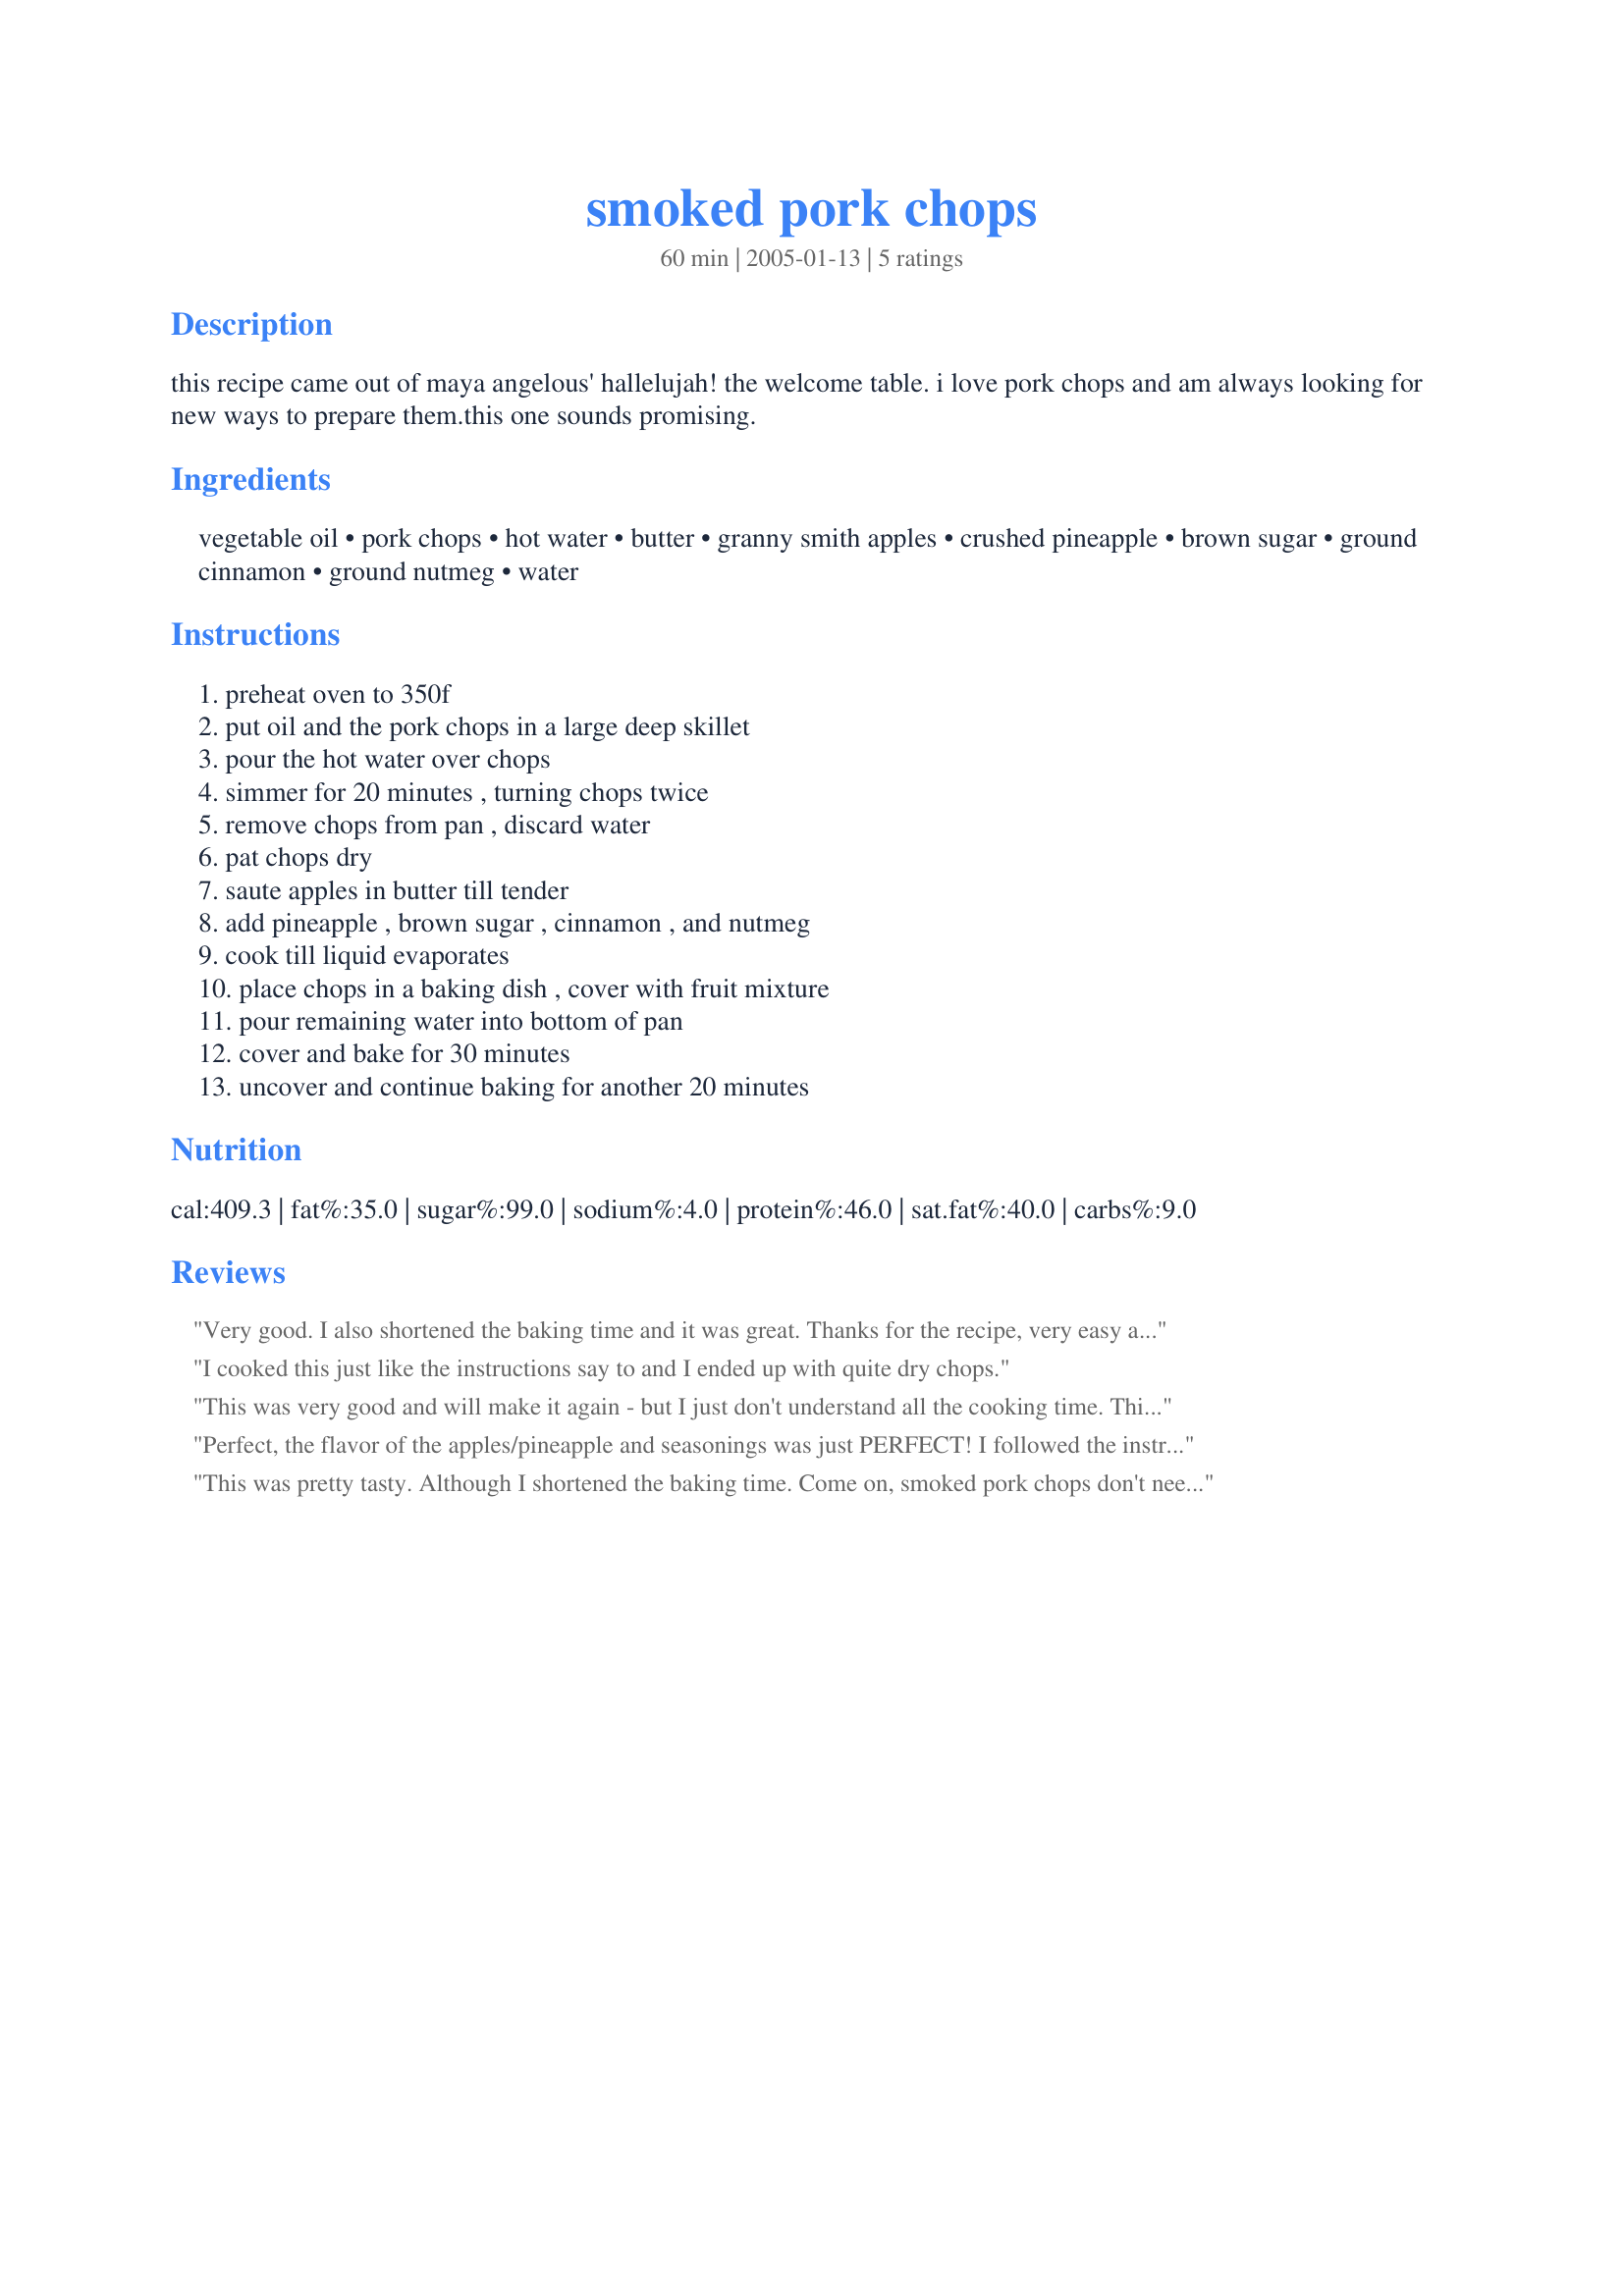
smoked pork chops
Preparation time: 60 minutes

this recipe came out of maya angelous' hallelujah! the welcome table. i love pork chops and am always looking for new ways to prepare them.this one sounds promising.

Ingredients:
vegetable oil, pork chops, hot water, butter, granny smith apples, crushed pineapple, brown sugar, ground cinnamon, ground nutmeg, water

Steps:
preheat oven to 350f, put oil and the pork chops in a large deep skillet, pour the hot water over chops, simmer for 20 minutes , turning chops twice, remove chops from pan , discard water, pat chops dry, saute apples in butter till tender, add pineapple , brown sugar , cinnamon , and nutmeg, cook till liquid evaporates, place chops in a baking dish , cover with fruit mixture, pour remaining water into bottom of pan, cover and bake for 30 minutes, uncover and continue baking for another 20 minutes

Reviews:
Very good. I also shortened the baking time and it was great. Thanks for the recipe, very easy and tasty.
I cooked this just like the instructions say to and I ended up with quite dry chops.
This was very good and will make it again - but I just don't understand all the cooking time. This pork has already been smoked so it does not need such lengthy cooking time. Forget simmering it. Just put it in the oven, put the fruit mixture on top and bake it as directed. Even that is a long time - 30 minutes would be enough. Thanks submitter.
Perfect, the flavor of the apples/pineapple and seasonings was just PERFECT! I followed the instructions to the "T". I was going to add more cinnamon and nutmeg but decided against it. I was never so glad I listened to myself for once, because the hint of cinnamon and nutmeg in the fruit was...just to die for. On top of that you add that flavor of the smoked pork chop baked into the fruit, what more can I say, it was great. I simmer the chops for the 20 minutes and baked it for the total time it called for. The flavors came together nicely with the 50 minutes baking time and also helped release some of the pork juices into the fruit mixture. I will be using this again, thank you ang_can_cook.
This was pretty tasty. Although I shortened the baking time. Come on, smoked pork chops don't need 20 minutes simmering time, and another 50 minutes of baking time. We're not cooking a brisket here, ya know? 

I'll make this again. 

Also, this is one thing I enjoy about Recipezaar, I was sure I could find a good recipe to use my impulse-purchased smoked pork chops. I was not disappointed!
